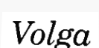
Volga